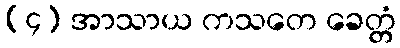
(၄) အာသာယ ကသတေ ခေတ္တံ